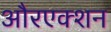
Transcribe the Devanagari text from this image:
औरएक्शन